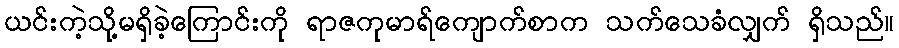
ယင်းကဲ့သို့မရှိခဲ့ကြောင်းကို ရာဇကုမာရ်ကျောက်စာက သက်သေခံလျှက် ရှိသည်။